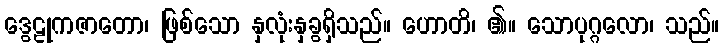
ဒွေဠုကဇာတော၊ ဖြစ်သော နှလုံးနှခွရှိသည်။ ဟောတိ၊ ၏။ သောပုဂ္ဂလော၊ သည်။